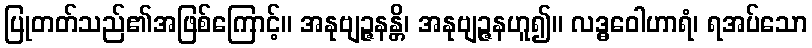
ပြုတတ်သည်၏အဖြစ်ကြောင့်။ အနုဗျဉ္ဇနန္တိ၊ အနုဗျဉ္ဇနဟူ၍။ လဒ္ဓဝေါဟာရံ၊ ရအပ်သော